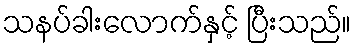
သနပ်ခါးလောက်နှင့် ပြီးသည်။